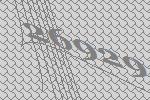
26929